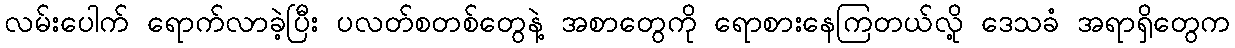
လမ်းပေါက် ရောက်လာခဲ့ပြီး ပလတ်စတစ်တွေနဲ့ အစာတွေကို ရောစားနေကြတယ်လို့ ဒေသခံ အရာရှိတွေက